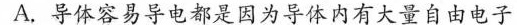
A.导体容易导电都是因为导体内有大量自由电子